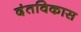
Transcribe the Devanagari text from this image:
दंतविकास